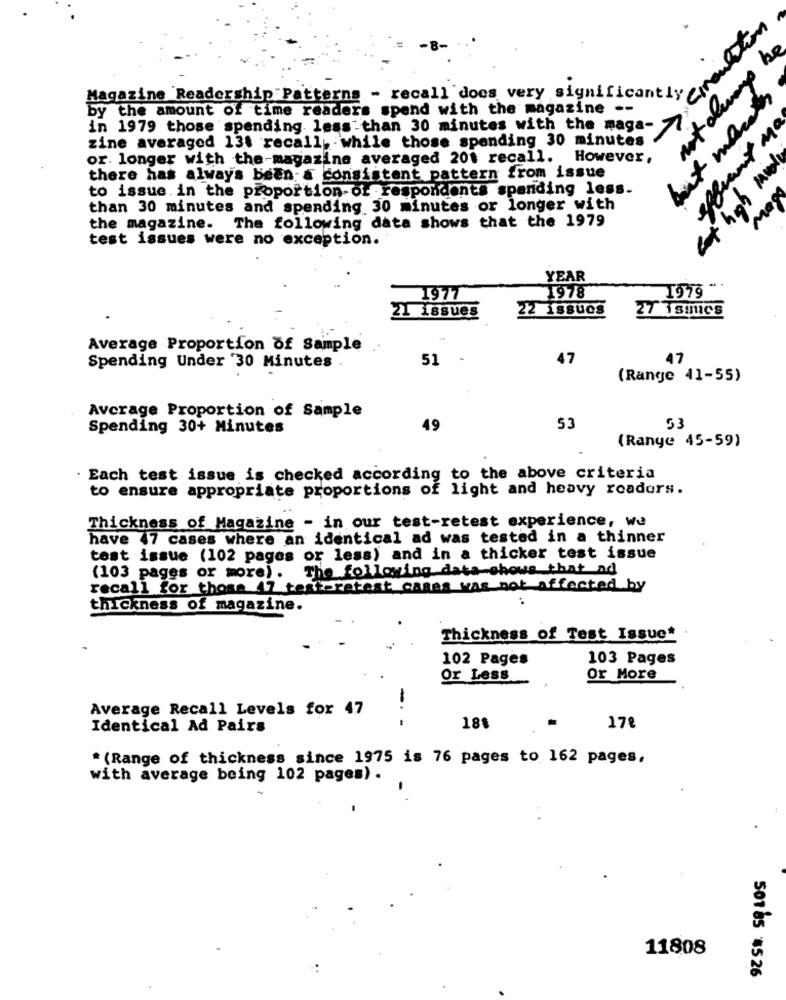
not always
Magazine Readership Patterns - recall does very signifi
by the amount of time readers spend with the magazine --
in 1979 those spending. less than 30 minutes with the maga-
zine averaged 13t recall, while those spending 30 minutes
or. longer with the-magazine averaged 201 recall.
However ,
at high mod
there has always been a consistent pattern from issue
to issue. in the proportion-or respondents spending less.
than 30 minutes and spending 30 minutes or longer with
Now
the magazine. The following data shows that the 1979
test issues were no exception.
YEAR
1978
1977
21 issues
22 issues
27 ismics
Average Proportion of Sample
51
47
Spending Under 30 Minutes
(Range 41-55)
Average Proportion of Sample
53
Spending 30+ Minutes
49
53
(Range 45-59)
Each test issue is checked according to the above criteria
to ensure appropriate proportions of light and heavy roadors.
Thickness of Magazine - in our test-retest experience, we
have 47 cases where an identical ad was tested in a thinner
test issue (102 pages or less) and in a thicker test issue
The following data-shows that_ad
(103 pages or more).
recall for those 47 textpretest cases was not affected by
thickness of magazine.
Thickness of Test Issuc*
102 Pages
103 Pages
Or Less
Or More
Average Recall Levels for 47
-- -
Identical Ad Pairs
188
17%
* (Range of thickness since 1975 is 76 pages to 162 pages,
with average being 102 pages) .
11808
501 85 $5 26